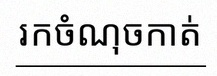
រកចំណុចកាត់